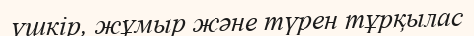
үшкір, жұмыр және түрен тұрқылас